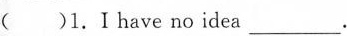
( )1.I have no idea___.